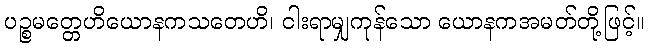
ပဉ္စမတ္တေဟိယောနကသတေဟိ၊ ငါးရာမျှကုန်သော ယောနကအမတ်တို့ဖြင့်။